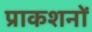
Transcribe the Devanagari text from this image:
प्राकशनों